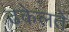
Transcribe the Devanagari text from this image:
ढकेलते